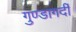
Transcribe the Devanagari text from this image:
गुण्डागर्दी